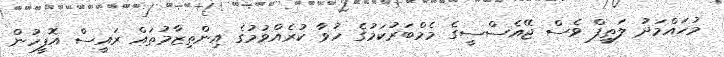
މުހައްމަދު ލަތީފް ވެސް ޖޭއެސްސީގެ މެމްބަރުކަމުގެ ހުވާ ކުރެއްވުމުގެ އިންތިޒާމުތައް ރައީސް އޮފީހުން